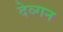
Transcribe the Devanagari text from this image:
देव्गन